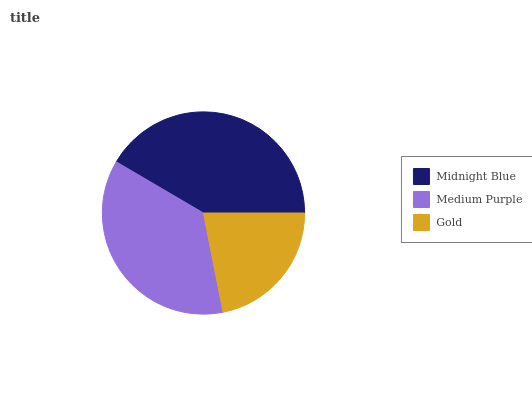
| Midnight Blue | Medium Purple | Gold |
 | --- | --- | --- |
 | 41.5% | 36.6% | 21.9% |